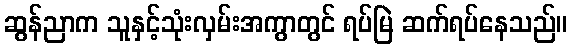
ဆွန်ညာက သူနှင့်သုံးလှမ်းအကွာတွင် ရပ်မြဲ ဆက်ရပ်နေသည်။